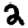
Digit: 2